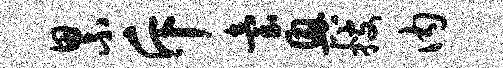
累斥台兴搜内